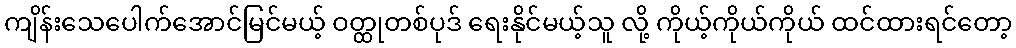
ကျိန်းသေပေါက်အောင်မြင်မယ့် ဝတ္ထုတစ်ပုဒ် ရေးနိုင်မယ့်သူ လို့ ကိုယ့်ကိုယ်ကိုယ် ထင်ထားရင်တော့